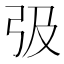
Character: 𢎽